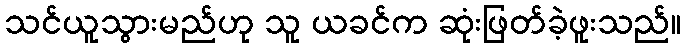
သင်ယူသွားမည်ဟု သူ ယခင်က ဆုံးဖြတ်ခဲ့ဖူးသည်။